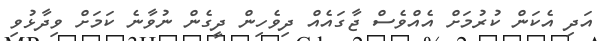
އަދި އެކަން ކުރުމަށް އެއްވެސް ޖާގައެއް ދިވެހިން ދީގެން ނުވާނެ ކަމަށް ވިދާޅުވި